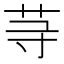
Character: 䒭